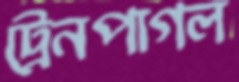
ট্রেনপাগল